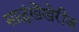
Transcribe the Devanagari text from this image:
साळुंखेंखेरीज